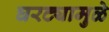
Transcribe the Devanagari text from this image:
घरट्यामुळे